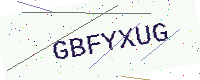
Text: GBFYXUG